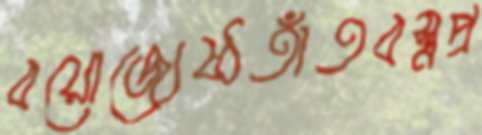
বয়োজ্যেষ্ঠতাঁতবস্ত্রপ্র